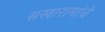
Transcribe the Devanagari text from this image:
सखारामांचे